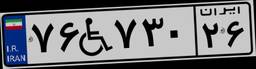
۷۶W۷۳۰۲۶